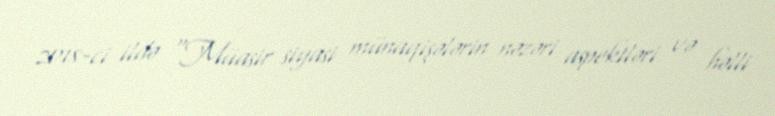
2018-ci ildə "Müasir siyasi münaqişələrin nəzəri aspektləri və həlli